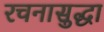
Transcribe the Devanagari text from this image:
रचनासुद्धा